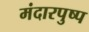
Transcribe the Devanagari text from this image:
मंदारपुष्प